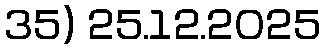
35) 25.12.2025